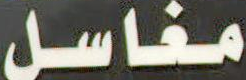
مغاسل